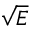
\sqrt E